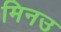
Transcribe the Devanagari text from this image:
मिनउ